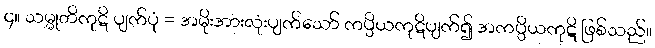
၄။ သမ္မုတိကုဋိ ပျက်ပုံ = အမိုးအားလုံးပျက်သော် ကပ္ပိယကုဋိပျက်၍ အကပ္ပိယကုဋိ ဖြစ်သည်။